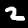
Label: 2